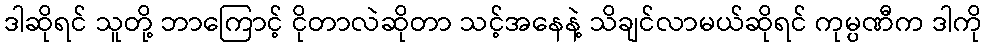
ဒါဆိုရင် သူတို့ ဘာကြောင့် ငိုတာလဲဆိုတာ သင့်အနေနဲ့ သိချင်လာမယ်ဆိုရင် ကုမ္ပဏီက ဒါကို